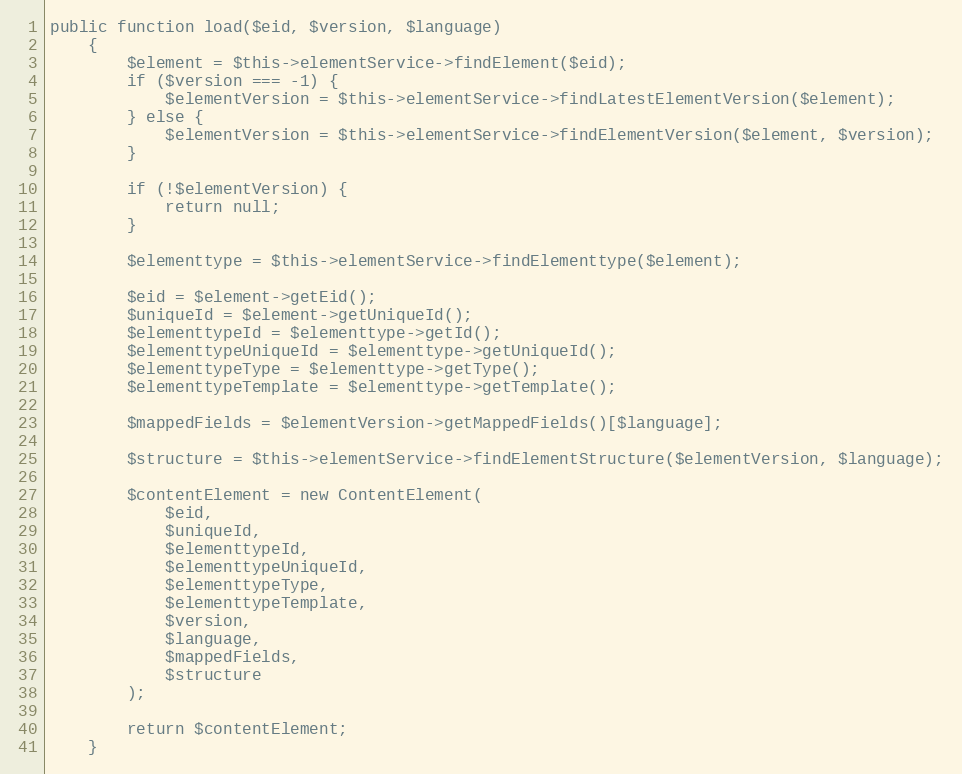
Language: PHP
public function load($eid, $version, $language)
    {
        $element = $this->elementService->findElement($eid);
        if ($version === -1) {
            $elementVersion = $this->elementService->findLatestElementVersion($element);
        } else {
            $elementVersion = $this->elementService->findElementVersion($element, $version);
        }

        if (!$elementVersion) {
            return null;
        }

        $elementtype = $this->elementService->findElementtype($element);

        $eid = $element->getEid();
        $uniqueId = $element->getUniqueId();
        $elementtypeId = $elementtype->getId();
        $elementtypeUniqueId = $elementtype->getUniqueId();
        $elementtypeType = $elementtype->getType();
        $elementtypeTemplate = $elementtype->getTemplate();

        $mappedFields = $elementVersion->getMappedFields()[$language];

        $structure = $this->elementService->findElementStructure($elementVersion, $language);

        $contentElement = new ContentElement(
            $eid,
            $uniqueId,
            $elementtypeId,
            $elementtypeUniqueId,
            $elementtypeType,
            $elementtypeTemplate,
            $version,
            $language,
            $mappedFields,
            $structure
        );

        return $contentElement;
    }